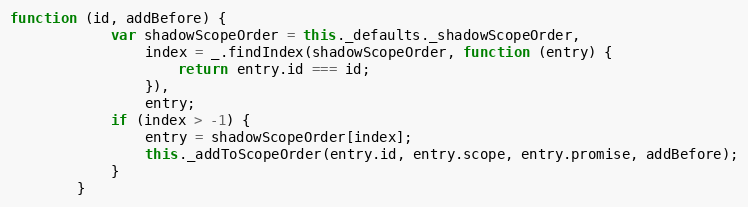
Language: JavaScript
function (id, addBefore) {
            var shadowScopeOrder = this._defaults._shadowScopeOrder,
                index = _.findIndex(shadowScopeOrder, function (entry) {
                    return entry.id === id;
                }),
                entry;
            if (index > -1) {
                entry = shadowScopeOrder[index];
                this._addToScopeOrder(entry.id, entry.scope, entry.promise, addBefore);
            }
        }